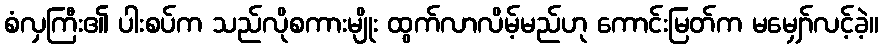
စံလှကြီး၏ ပါးစပ်က သည်လိုစကားမျိုး ထွက်လာလိမ့်မည်ဟု ကောင်းမြတ်က မမျှော်လင့်ခဲ့။